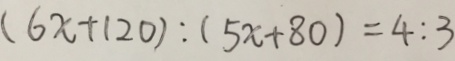
( 6 x + 1 2 0 ) : ( 5 x + 8 0 ) = 4 : 3